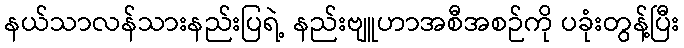
နယ်သာလန်သားနည်းပြရဲ့ နည်းဗျူဟာအစီအစဉ်ကို ပခုံးတွန့်ပြီး